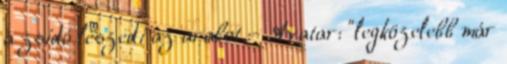
a zsidó leszedi az arabot :- Avatar: "legközelebb már